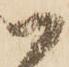
一